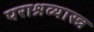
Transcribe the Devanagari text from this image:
पराश्रव्यास्त्र